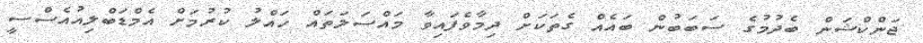
ޖަންކްޝަން ބެދުމުގެ ސަބަބުން ބައެއް ގެތަކަށް ދިމާވެފައިވާ މައްސަލަތައް ހައްލު ކުރުމަށް އެމްޑަބްލިއުއެސްސީ